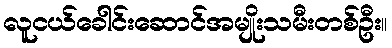
လူငယ်ခေါင်းဆောင်အမျိုးသမီးတစ်ဦး။